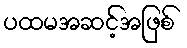
ပထမအဆင့်အဖြစ်